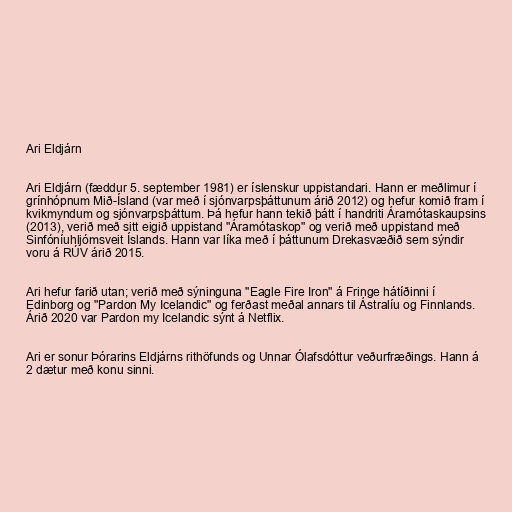
Ari Eldjárn

Ari Eldjárn (fæddur 5. september 1981) er íslenskur uppistandari. Hann er meðlimur í
grínhópnum Mið-Ísland (var með í sjónvarpsþáttunum árið 2012) og hefur komið fram í
kvikmyndum og sjónvarpsþáttum. Þá hefur hann tekið þátt í handriti Áramótaskaupsins
(2013), verið með sitt eigið uppistand "Áramótaskop" og verið með uppistand með
Sinfóníuhljómsveit Íslands. Hann var líka með í þáttunum Drekasvæðið sem sýndir
voru á RÚV árið 2015.

Ari hefur farið utan; verið með sýninguna "Eagle Fire Iron" á Fringe hátíðinni í
Edinborg og "Pardon My Icelandic" og ferðast meðal annars til Ástralíu og Finnlands.
Árið 2020 var Pardon my Icelandic sýnt á Netflix.

Ari er sonur Þórarins Eldjárns rithöfunds og Unnar Ólafsdóttur veðurfræðings. Hann á
2 dætur með konu sinni.